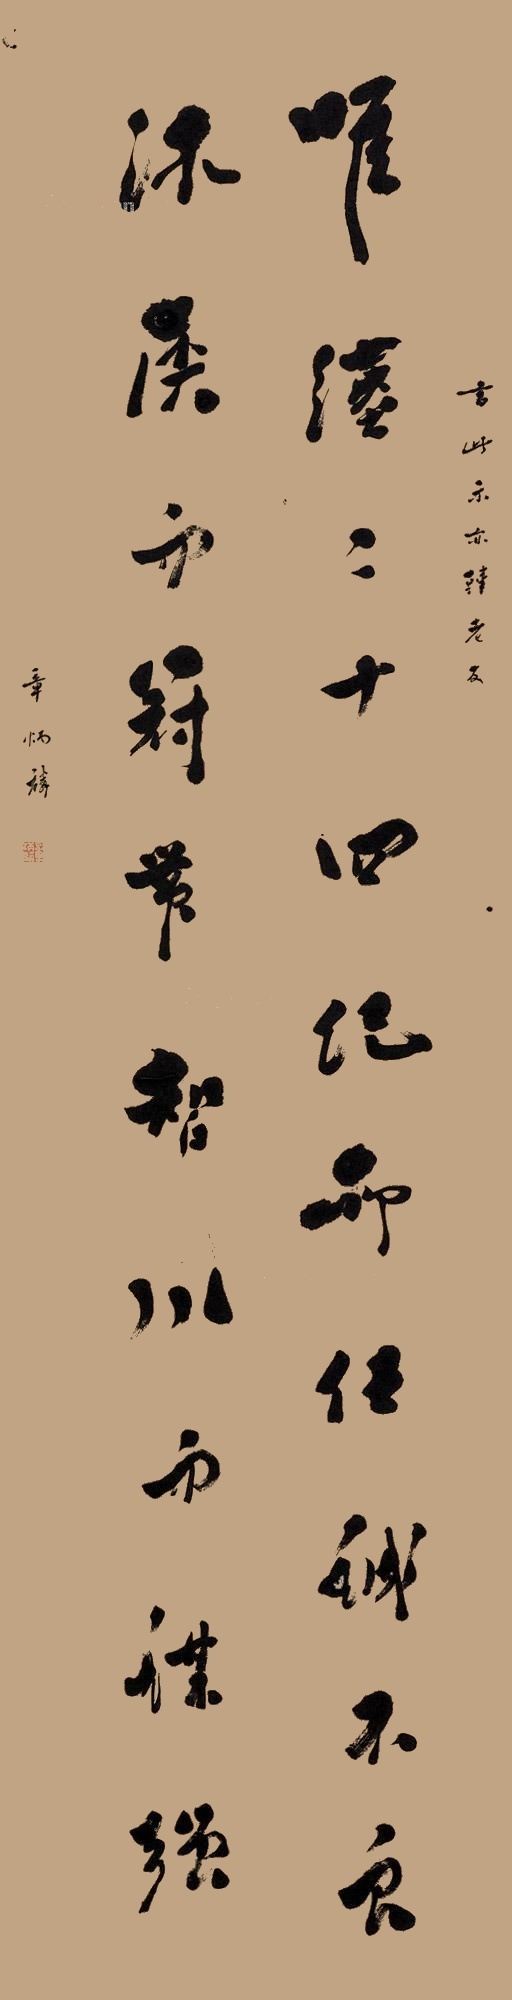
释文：唯汉二十四纪，所任诚不良。沐侯而冠带，智小而谋强。言此示亦韩老友，章炳麟。